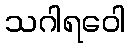
သဂါရဝေါ